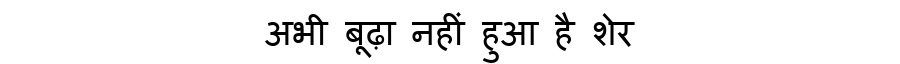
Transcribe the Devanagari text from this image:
अभी बूढ़ा नहीं हुआ है शेर